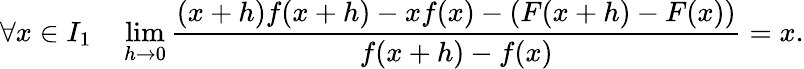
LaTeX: \forall x\in I_{1}\quad\operatorname*{lim}_{h\to 0}{\frac{(x+h)f(x+h)-xf(x)-\left(F(x+h)-F(x)\right)}{f(x+h)-f(x)}}=x.